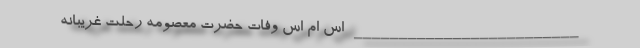
_________________________ اس ام اس وفات حضرت معصومه رحلت غریبانه